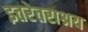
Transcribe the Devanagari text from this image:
इतरेतराश्रय